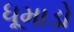
ધૂમાડો